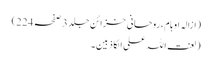
(ازالہ اوہام، روحانی خزائن جلد 3 صفحہ 224)
(لعنت اللہ علی الکاذبین۔